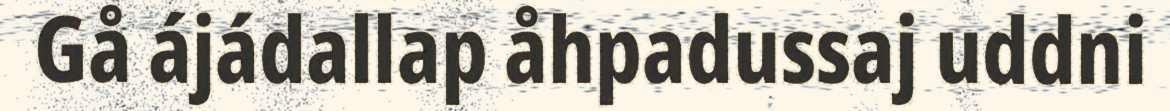
Gå ájádallap åhpadussaj uddni